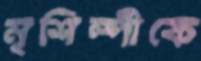
মৃশিল্পীকে